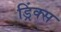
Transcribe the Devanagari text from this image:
ड्रिंक्‍स